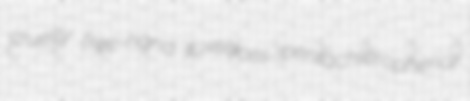
cruelty free-hand tuxedoes pentachlorophenol